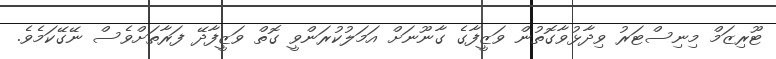
ޓޫރިޒަމް މިނިސްޓަރު ވިދާޅުވާގޮތުން ވަޒީފާގެ ގާނޫނަށް އަމަލުކުރަންވީ ގޮތް ވަޒީފާދޭ ފަރާތަށްވެސް ނޭގޭކަމެވެ.